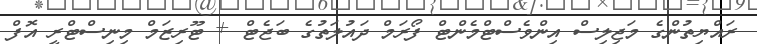
ރައްޔިތުންގެ މަޖިލިސް އިންވެސްޓްމެންޓް ފޯރަމް ދައުލަތުގެ ބަޖެޓް + ޓޫރިޒަމް މިނިސްޓްރީ އޮފް